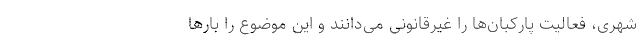
شهری، فعالیت پارکبان‌ها را غیرقانونی می‌دانند و این موضوع را بارها